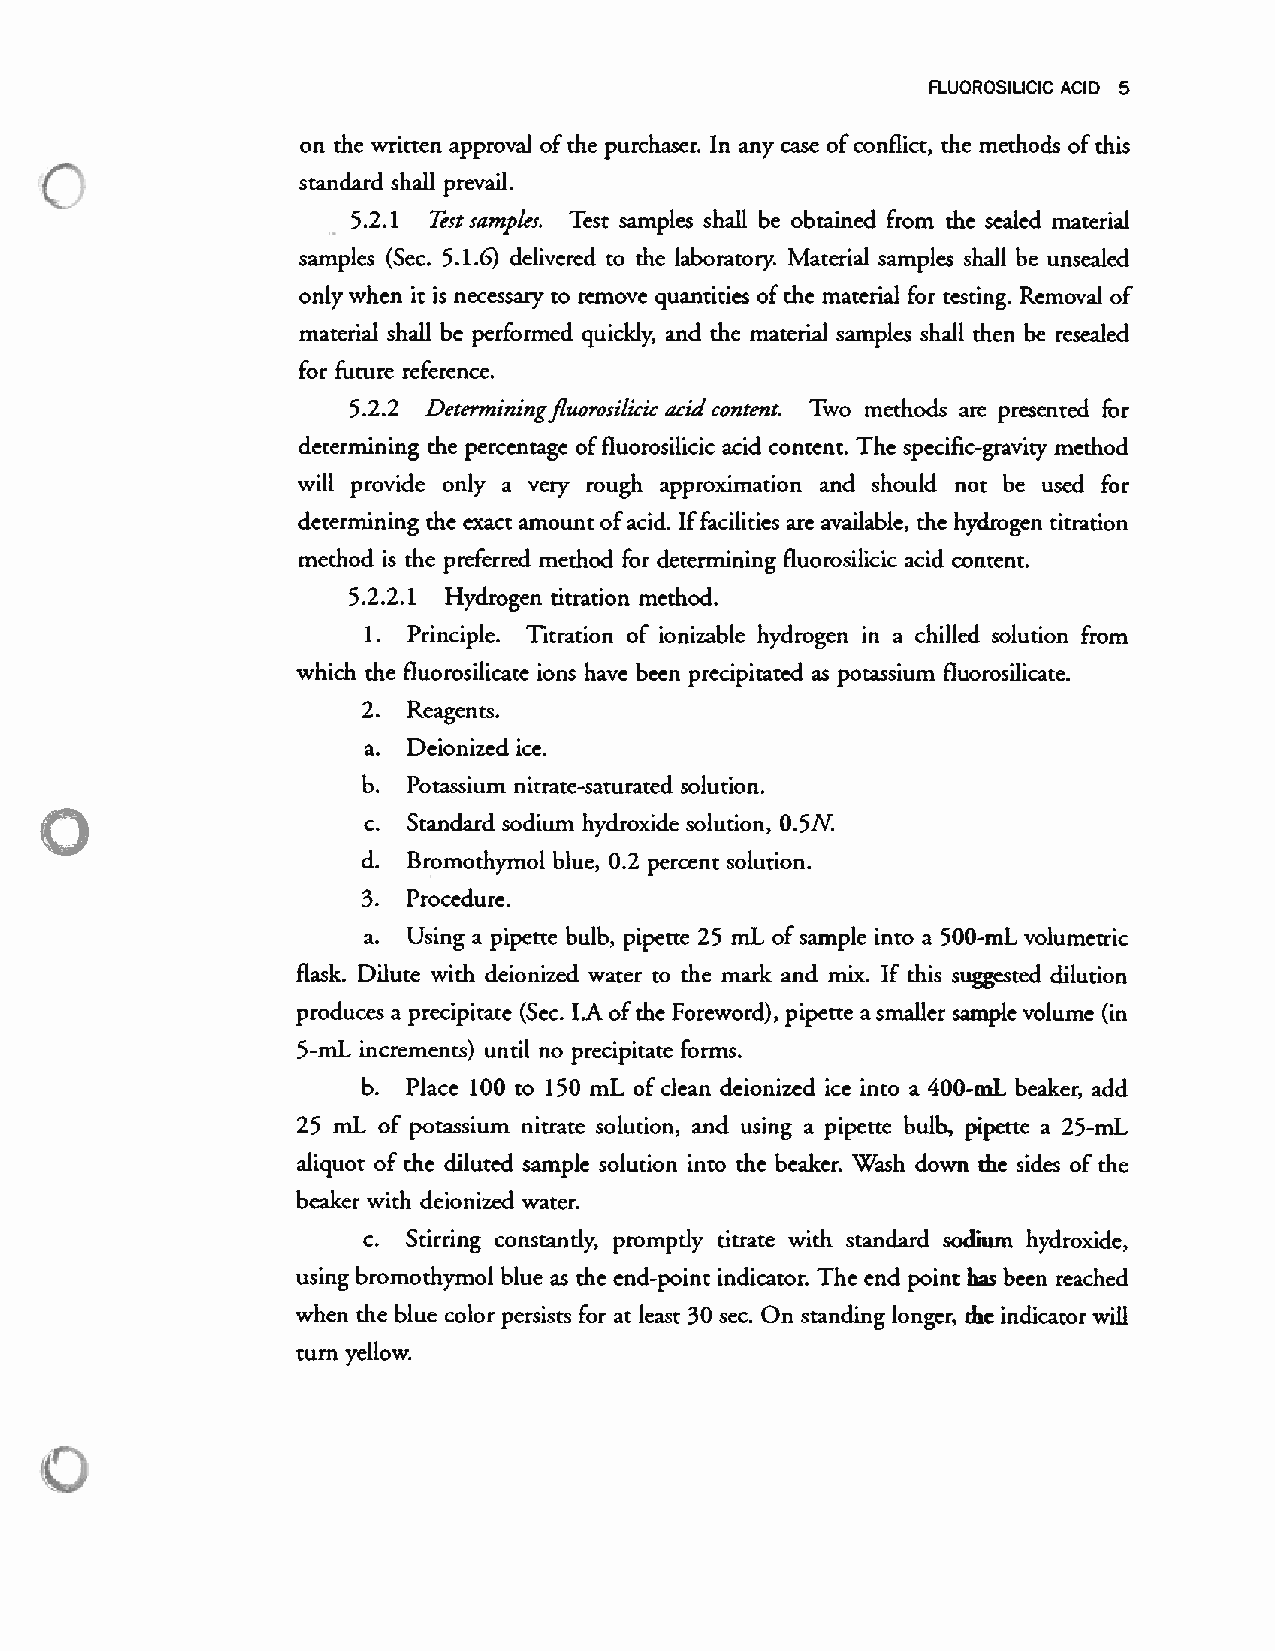
rLu0R0sILICC ACID 5
 on the written approval of the purchaser. In any case ofconflict, the methods of this
 standard shall prevail.
 5.2.1 Testsamples. Test samples shall be obtained from the sealed material
 -
 samples (Sec. 5.1.6) delivered to the laboratory Material samples shall be unsealed
 only when it is necessar to remove quantities of the material for testing. Removal of
 material shall be performed quickly, and the material samples shall then be resealed
 for future reference.
 5.2.2 Determiningfluorosilicic acid content. Two methods are presented for
 determining the percentage offluorosilicic acid content. The specific-gravity method
 will provide only a very rough approximation and should not be used for
 determining the exact amount ofacid. Iffacilities are available, the hydrogen titration
 method is the preferred method for determining fluorosilicic acid content.
 5.2.2.1 Hydrogen titration method.
 1. Principle. Titration of ionizable hydrogen in a chilled solution from
 which the fluorosilicate ions have been precipitated as potassium fluorosilicate.
 2. Reagents.
 a. Deionized ice.
 b. Potassium nitrate-saturated solution.
 c. Standard sodium hydroxide solution, 0.5N.
 d. Bromothymol blue, 0.2 percent solution.
 3. Procedure.
 a. Using a pipette bulb, pipette 25 mL of sample into a 500-mL volumetric
 flask. Dilure with deionized water to the mark and mix. If this suggested dilution
 produces a precipitate (Sec. l.A ofthe Foreword), pipette a smaller sample volume (in
 5-mL increments) until no precipitate forms.
 b. Place 100 to 150 mL of clean deionized ice into a 400—mL beaker, add
 25 mL of potassium nitrate solution, and using a pipette bulb, pipette a 25-mL
 aliquot of the diluted sample solution into the beaker. ‘Vash down the sides of the
 beaker with deionized water.
 Stirring constantly, promptly titrate with standard sodium hydroxide,
 using bromothvmol blue as the end-point indicator. The end point ha been reached
 when the blue color persists for at least 30 sec. On standing longer, the indicator will
 turn yellow.